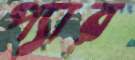
প্যার